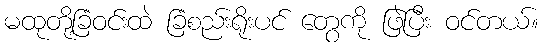
မထုတို့ခြံဝင်းထဲ ခြံစည်းရိုးပင် တွေကို ဖြဲပြီး ဝင်တယ်။